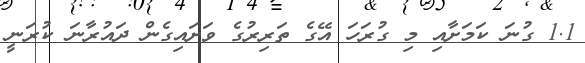
1.1 ގުނަ ކަމަށާއި މި ގުރަހަ އޭގެ ތަރިރުގެ ވަށައިގެން ދައުރާނަ ކުރަނީ